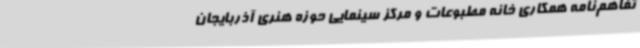
تفاهم‌نامه همکاری خانه مطبوعات و مرکز سینمایی حوزه هنری آذربایجان